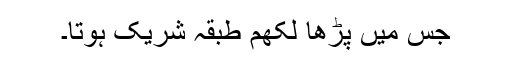
جس میں پڑھا لکھم طبقہ شریک ہوتا۔